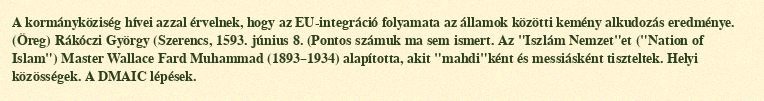
A kormányköziség hívei azzal érvelnek, hogy az EU-integráció folyamata az államok közötti kemény alkudozás eredménye. (Öreg) Rákóczi György (Szerencs, 1593. június 8. (Pontos számuk ma sem ismert. Az "Iszlám Nemzet"et ("Nation of Islam") Master Wallace Fard Muhammad (1893–1934) alapította, akit "mahdi"ként és messiásként tiszteltek. Helyi közösségek. A DMAIC lépések.